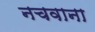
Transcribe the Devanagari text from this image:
नचवाना